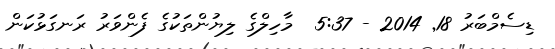
ޑިސެމްބަރު 18